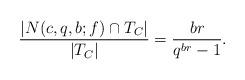
LaTeX: \begin{align*}\frac{|N(c,q,b;f) \cap T_C|}{|T_C|} = \frac{br}{q^{br}-1}.\end{align*}